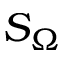
S _ { \Omega }